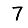
Digit: 7